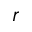
r